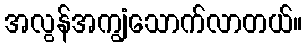
အလွန်အကျွံသောက်လာတယ်။